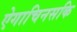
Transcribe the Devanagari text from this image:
ऐगाचिनसकि